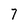
Character: 7